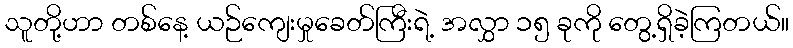
သူတို့ဟာ တစ်နေ့ ယဉ်ကျေးမှုခေတ်ကြီးရဲ့ အလွှာ ၁၅ ခုကို တွေ့ရှိခဲ့ကြတယ်။